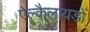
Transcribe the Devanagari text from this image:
ऐल्कैलायडों